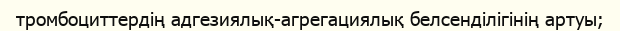
тромбоциттердің адгезиялық-агрегациялық белсенділігінің артуы;